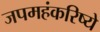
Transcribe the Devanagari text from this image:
जपमहंकरिष्ये